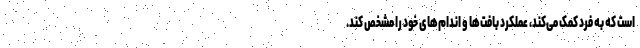
است که به فرد کمک می‌کند، عملکرد بافت‌ها و اندام‌های خود را مشخص کند.